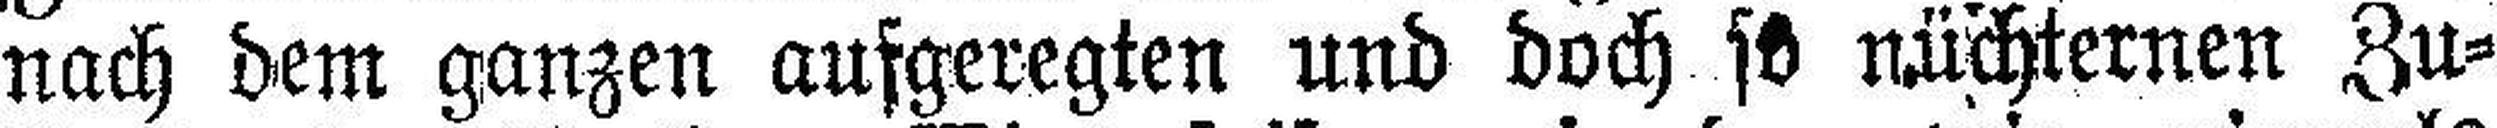
nach dem ganzen aufgeregten und doch so nüchternen Zu¬